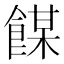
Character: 𩝇